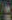
: